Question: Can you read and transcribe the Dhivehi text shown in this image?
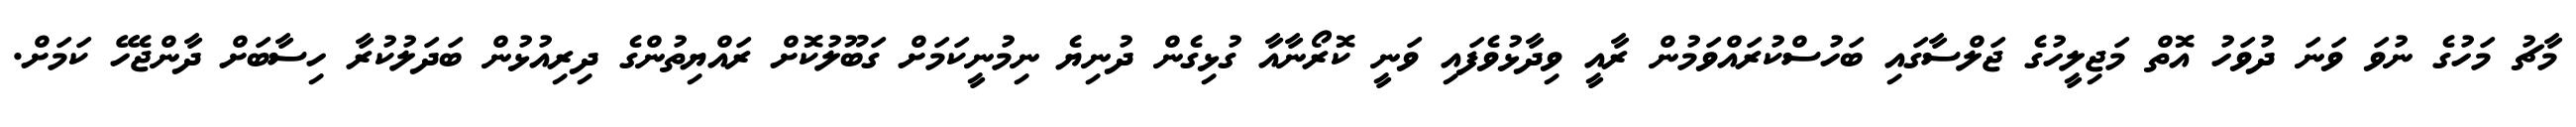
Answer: މާޗު މަހުގެ ނުވަ ވަނަ ދުވަހު އޮތް މަޖިލީހުގެ ޖަލްސާގައި ބަހުސްކުރައްވަމުން ރާއީ ވިދާޅުވެފައި ވަނީ ކޮރޯނާއާ ގުޅިގެން ދުނިޔެ ނިމުނީކަމަށް ގަބޫލުކޮށް ރައްޔިތުންގެ ދިރިއުޅުން ބަދަލުކުރާ ހިސާބަށް ދާންޖެހޭ ކަމަށް.